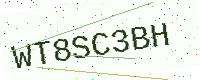
Text: WT8SC3BH